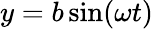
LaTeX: y=b\sin(\omega t)